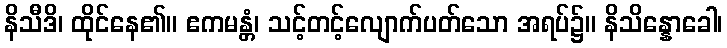
နိသီဒိ၊ ထိုင်နေ၏။ ဧကမန္တံ၊ သင့်တင့်လျောက်ပတ်သော အရပ်၌။ နိသိန္နောခေါ၊